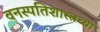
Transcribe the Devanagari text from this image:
वनस्पतिशास्त्रच्या